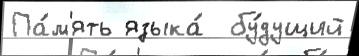
Па́м'ять языка́  бу́дущий